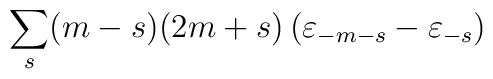
\sum\limits_s (m-s)(2m+s) \left( {\varepsilon}_{-m-s} - {\varepsilon}_{-s}\right)